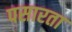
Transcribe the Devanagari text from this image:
पसारता